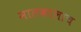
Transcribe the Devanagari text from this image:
मालकालाच